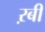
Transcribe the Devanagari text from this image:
ऱबी